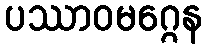
ပဿာဝမဂ္ဂေန